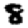
Digit: 8